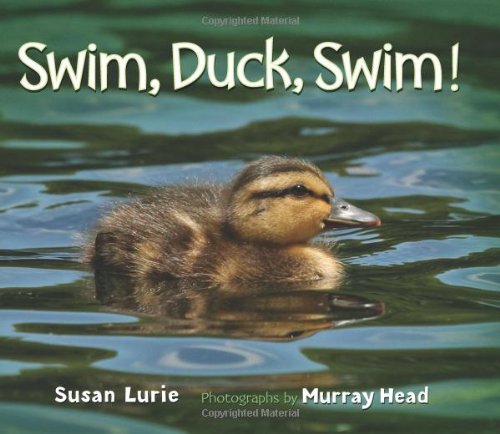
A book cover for Swim, Duck, Swim!; Susan Lurie; Children's Books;